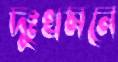
দুঃখমনে